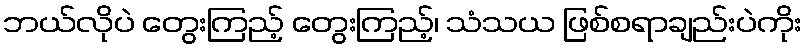
ဘယ်လိုပဲ တွေးကြည့် တွေးကြည့်၊ သံသယ ဖြစ်စရာချည်းပဲကိုး